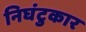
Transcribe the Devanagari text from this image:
निघंटुकार